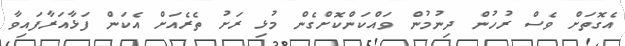
އެގޮތަށް ވެސް ރުހުން ދިނުމުން ވައްކަންކޮށްގެން މުޅި ރަށު ތެރެއަށް އެކަން ފަޅާއަރާފައިވާ